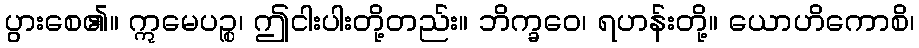
ပွားစေ၏။ ဣမေပဉ္စ၊ ဤငါးပါးတို့တည်း။ ဘိက္ခဝေ၊ ရဟန်းတို့။ ယောဟိကောစိ၊